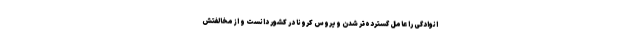
انوادگی را عامل گسترده‌تر شدن ویروس کرونا در کشور دانست و از مخالفتش